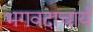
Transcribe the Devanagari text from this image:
भगवदाचार्य